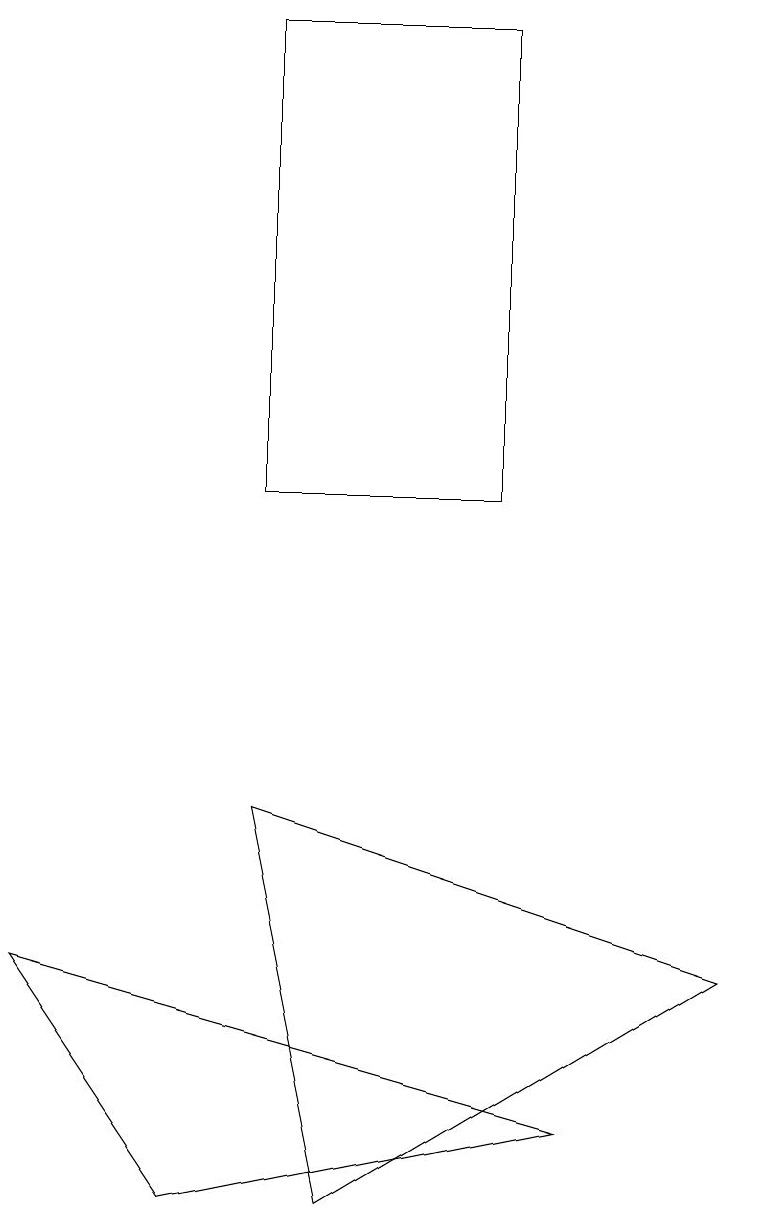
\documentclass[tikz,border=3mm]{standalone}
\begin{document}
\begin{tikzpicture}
\draw (6,10) rectangle (3,16);
\draw (4,1) -- (9,4) -- (3,6) -- cycle;
\draw (2,1) -- (0,4) -- (7,2) -- cycle;
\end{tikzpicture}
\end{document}